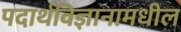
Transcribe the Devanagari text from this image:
पदार्थविज्ञानामधील